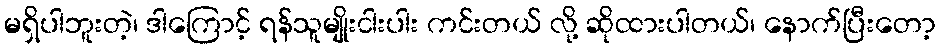
မရှိပါဘူးတဲ့၊ ဒါကြောင့် ရန်သူမျိုးငါးပါး ကင်းတယ် လို့ ဆိုထားပါတယ်၊ နောက်ပြီးတော့